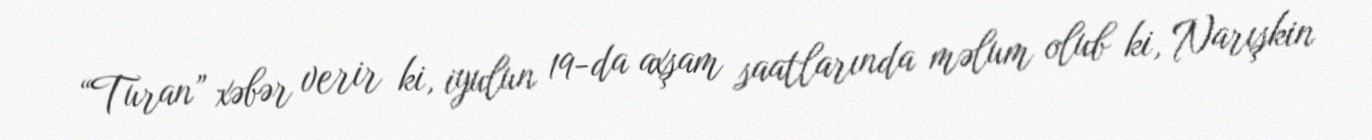
“Turan” xəbər verir ki, iyulun 19-da axşam saatlarında məlum olub ki, Narışkin